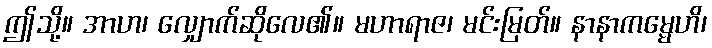
ဤသို့။ အာဟ၊ လျှောက်ဆိုလေ၏။ မဟာရာဇ၊ မင်းမြတ်။ နာနာကမ္မေဟိ၊